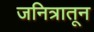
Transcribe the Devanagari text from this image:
जनित्रातून